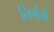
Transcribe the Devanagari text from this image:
निर्गतो